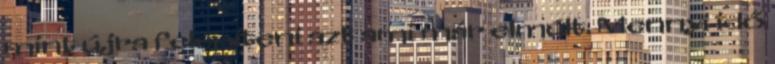
mint újra felépíteni azt ami már elmúlt. Mennyi idő